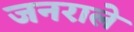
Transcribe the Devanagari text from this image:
जनराले